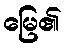
မြေ၏